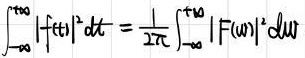
\[\int_{-\infty}^{+\infty} |f(t)|^2 dt = \frac{1}{2\pi} \int_{-\infty}^{+\infty} |F(\omega)|^2 d\omega\]